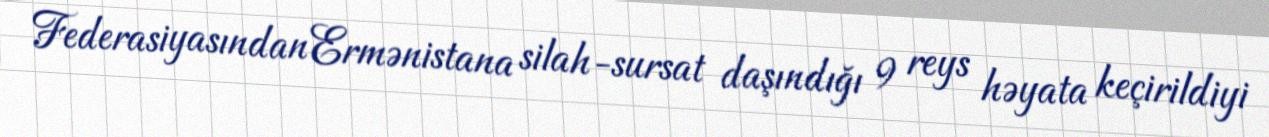
Federasiyasından Ermənistana silah-sursat daşındığı 9 reys həyata keçirildiyi